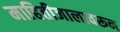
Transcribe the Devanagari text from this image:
माहितीजालावरून